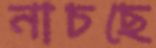
নাচছে